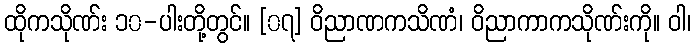
ထိုကသိုဏ်း ၁၀-ပါးတို့တွင်။ [၀၇] ဝိညာဏကသိဏံ၊ ဝိညာကာကသိုဏ်းကို။ ဝါ၊